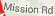
Mission Rd